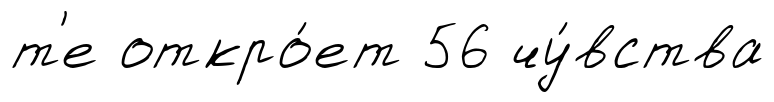
т'е откро́ет 56 чу́вства